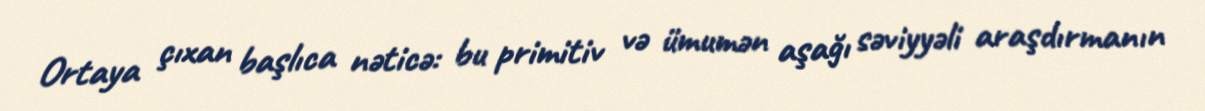
Ortaya çıxan başlıca nəticə: bu primitiv və ümumən aşağı səviyyəli araşdırmanın